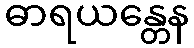
ဓာရယန္တေန